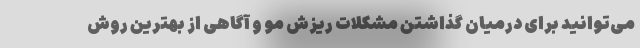
می‌توانید برای درمیان گذاشتن مشکلات ریزش مو و آگاهی از بهترین روش